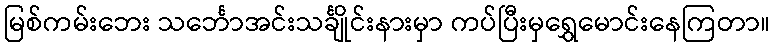
မြစ်ကမ်းဘေး သင်္ဘောအင်းသင်္ချိုင်းနားမှာ ကပ်ပြီးမှရွှေမောင်းနေကြတာ။